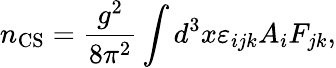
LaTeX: n_{\mathrm{CS}}={\frac{g^{2}}{8\pi^{2}}}\int d^{3}x\varepsilon_{ijk}A_{i}F_{jk},